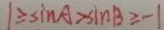
1 \geq \sin A > \sin B \geq - 1